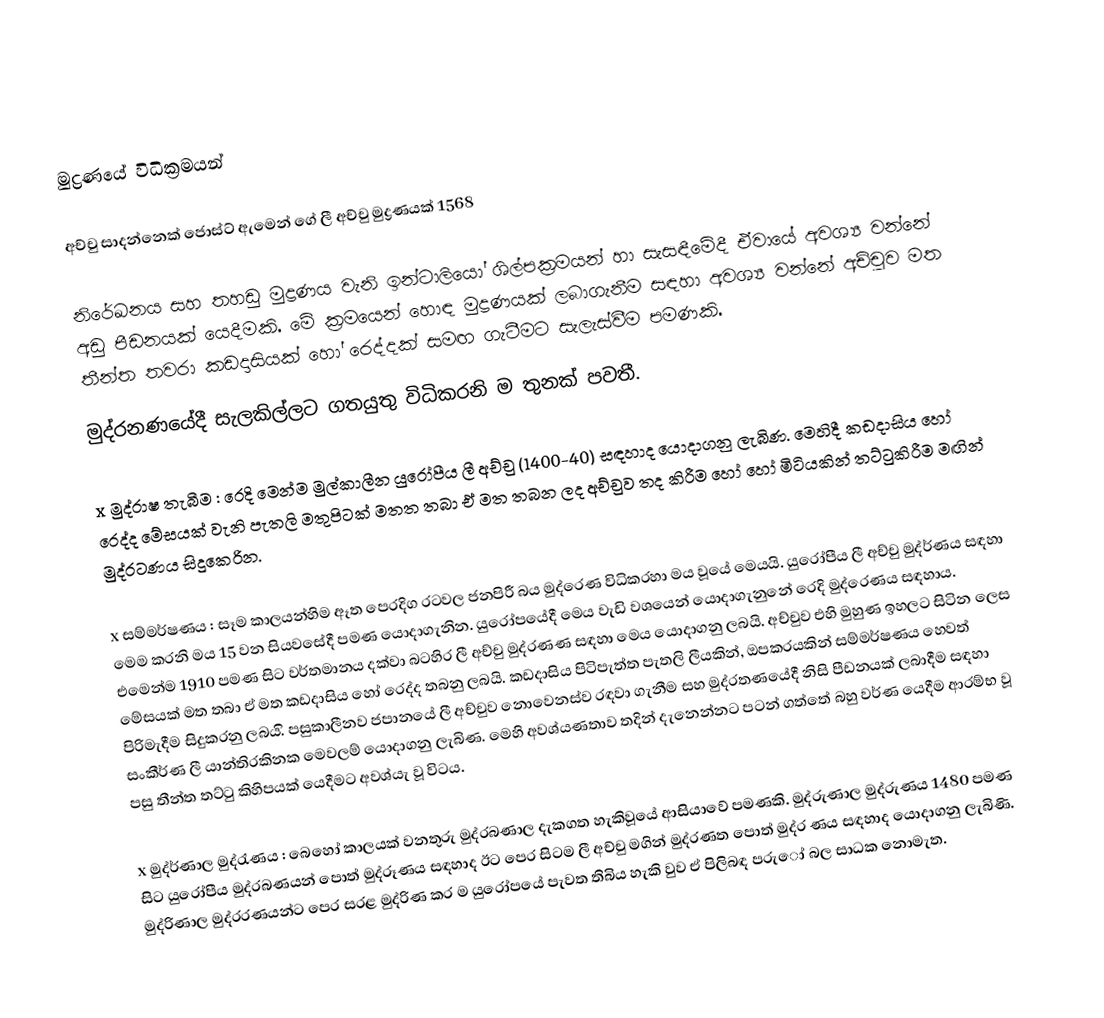
මුද්‍රණයේ විධික්‍රමයන්

අච්චු සාදන්නෙක් ජොස්ට් ඇමෙන් ගේ ලී අච්චු මුද්‍රණයක් 1568

නිරේඛනය සහ තහඩු මුද්‍රණය වැනි ඉන්ටාලියෝ ශිල්පක්‍රමයන් හා සැසඳීමේදී ඒවායේ අවශ්‍ය වන්නේ අඩු පීඩනයක් යෙදීමකි. මේ ක්‍රමයෙන් හොඳ මුද්‍රණයක් ලබාගැනීම සඳහා අවශ්‍ය වන්නේ අච්චුව මත  තීන්ත තවරා කඩදාසියක් හෝ රෙද්දක් සමඟ ගැටීමට සැලැස්වීම පමණකි.
මුද්රනණයේදී සැලකිල්ලට ගතයුතු විධිකරනි ම තුනක් පවතී.

x	මුද්රාෂ තැබීම : රෙදි මෙන්ම මුල්කාලීන යුරෝපීය ලී අච්චු (1400-40) සඳහාද යොදාගනු ලැබිණ. මෙහිදී කඩදාසිය හෝ රෙද්ද මේසයක් වැනි පැතලි මතුපිටක් මතත තබා ඒ මත තබන ලද අච්චුව තද කිරීම හෝ හෝ මිටියකින් තට්ටුකිරීම මඟින් මුද්රටණය සිදුකෙරින.

x	සම්මර්ෂණය : සෑම කාලයන්හිම ඈත පෙරදිග රටවල ජනපිරී බය මුද්රෙණ විධිකරහා මය වූයේ මෙයයි. යුරෝපීය ලී අච්චු මුද්ර්ණය සඳහා මෙම කරනි මය 15 වන සියවසේදී පමණ යොදාගැනින. යුරෝපයේදී මෙය වැඩි වශයෙන් යොදාගැනුනේ රෙදි මුද්රෙණය සඳහාය. එමෙන්ම 1910 පමණ සිට වර්තමානය දක්වා බටහිර ලී අච්චු මුද්රණණ සඳහා මෙය යොදාගනු ලබයි. අච්චුව එහි මුහුණ ඉහලට සිටින ලෙස මේසයක් මත තබා ඒ මත කඩදාසිය හෝ රෙද්ද තබනු ලබයි. කඩදාසිය පිටිපැත්ත පැතලි ලීයකින්, ඔපකරයකින් සම්මර්ෂණය හෙවත් පිරිමැදීම සිදුකරනු ලබය.ි පසුකාලීනව ජපානයේ ලී අච්චුව නොවෙනස්ව රඳවා ගැනීම සහ මුද්රතණයේදී නිසි පීඩනයක් ලබාදීම සඳහා සංකීර්ණ ලී යාන්තිරකිනක මෙවලම් යොදාගනු ලැබිණ. මෙහි අවශ්යණතාව තදින් දැනෙන්නට පටන් ගත්තේ බහු වර්ණ යෙදීම ආරම්භ වූ පසු තීන්ත තට්ටු කිහිපයක් යෙදීමට අවශ්යැ වූ විටය.

x	මුද්ර්ණාල මුද්රැණය : බෙහෝ කාලයක් වනතුරු මුද්රබණාල දැකගත හැකිවූයේ ආසියාවේ පමණකි. මුද්රුණාල මුද්රුණය 1480 පමණ සිට යුරෝපීය මුද්රබණයන් පොත් මුද්රූණය සඳහාද ඊට පෙර සිටම ලී අච්චු මගින් මුද්රණත පොත් මුද්ර ණය සඳහාද යොදාගනු ලැබිණි. මුද්රිණාල මුද්රරණයන්ට පෙර සරළ මුද්රිණ කර   ම යුරෝපයේ පැවත තිබිය හැකි වුව ඒ පිලිබඳ පරුෝ බල සාධක නොමැත.